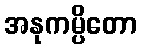
အနုကမ္ပိတော